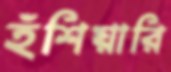
হঁশিয়ারি